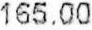
165.00